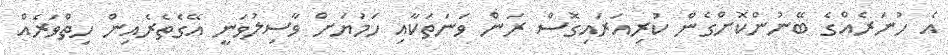
އެ ހުނަރެއްގެ ބޭނުންކޮށްގެން ކުރިއަރައިގޮސް ރަން ވަނަތަކާއި ހަމަޔަށް ވާސިލުވަނީ އޭގެތެރެއިން ހިތްވަރެއް